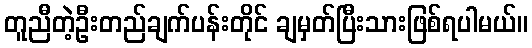
တူညီတဲ့ဦးတည်ချက်ပန်းတိုင် ချမှတ်ပြီးသားဖြစ်ရပါမယ်။